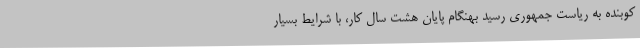
کوبنده به ریاست جمهوری رسید بهنگام پایان هشت سال کار، با شرایط بسیار